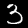
Digit: 3